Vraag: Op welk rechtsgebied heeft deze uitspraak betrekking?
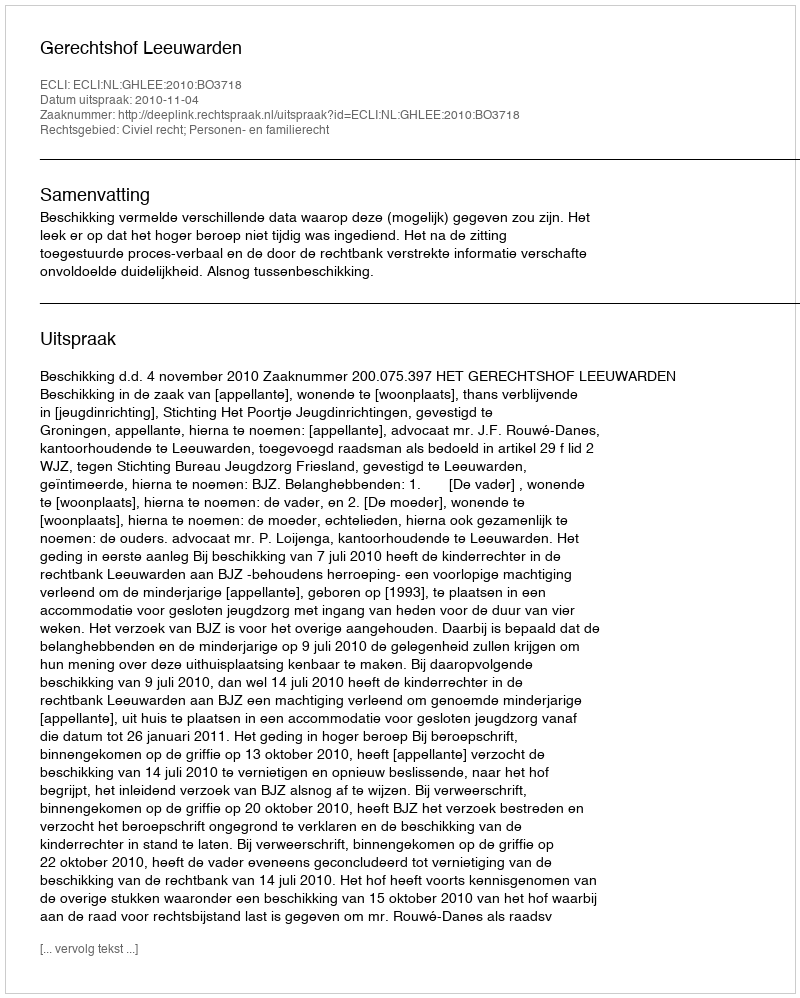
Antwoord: Civiel recht; Personen- en familierecht